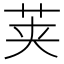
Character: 荚